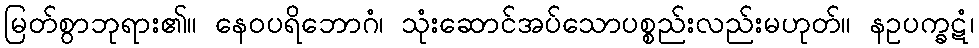
မြတ်စွာဘုရား၏။ နေဝပရိဘောဂံ၊ သုံးဆောင်အပ်သောပစ္စည်းလည်းမဟုတ်။ နဥပက္ခဋံ၊